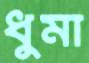
ধুমা